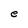
Character: e